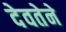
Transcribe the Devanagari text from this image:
देवतेने